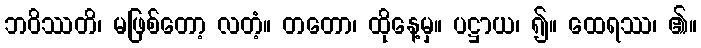
ဘဝိဿတိ၊ မဖြစ်တော့ လတံ့။ တတော၊ ထိုနေ့မှ။ ပဋ္ဌာယ၊ ၍။ ထေရဿ၊ ၏။